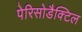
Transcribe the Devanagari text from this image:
पेरिसोडैक्टिल